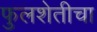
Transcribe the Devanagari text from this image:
फुलशेतीचा